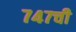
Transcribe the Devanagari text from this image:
७४७ची